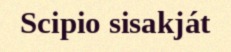
Scipio sisakját